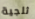
ثلجية